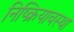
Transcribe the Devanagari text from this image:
निष्क्रियावस्था